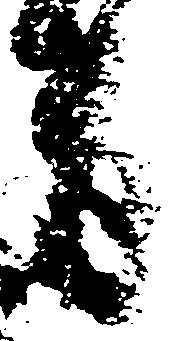
有